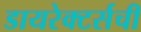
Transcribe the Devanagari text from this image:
डायरेक्टर्सची